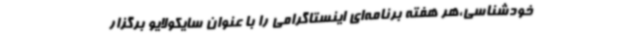
خودشناسی،هر هفته برنامه‌ای اینستاگرامی را با عنوان سایکولایو برگزار